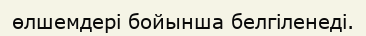
өлшемдері бойынша белгіленеді.